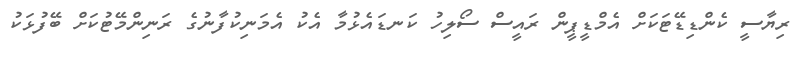
ރިޔާސީ ކެންޑިޑޭޓަކަށް އެމްޑީޕީން ރައީސް ސޯލިހު ކަނޑައެޅުމާ އެކު އެމަނިކުފާނުގެ ރަނިންމޭޓުކަށް ބޭފުޅަކު